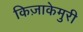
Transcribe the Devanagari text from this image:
किज़ाकेमुरी